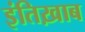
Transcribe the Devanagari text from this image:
इंतिख़ाब